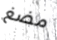
مضغ